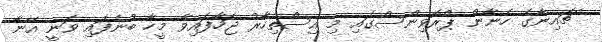
ޗައިނާގެ ހެނާން ޕްރޮވިންސްގައި މި އިސްތިހާރު ޖަހާފައިވާ މީހާ ބުނެފައި ވަނީ އޭނާ